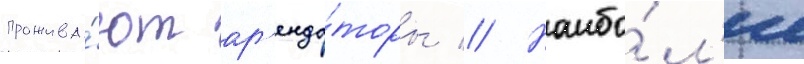
прожива́ют ар'енда́торы // Наибо́л'ее